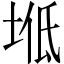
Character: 𡌠